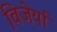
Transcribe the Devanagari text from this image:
विजेर्या